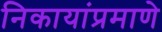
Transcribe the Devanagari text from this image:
निकायांप्रमाणे